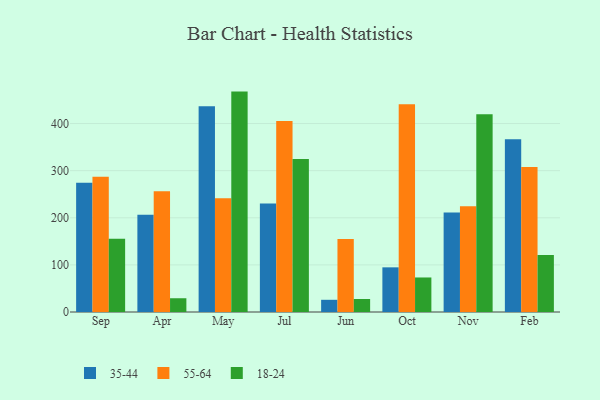
{"axis": {"x": "Month", "y": "Headcount"}, "legend": ["18-24", "35-44", "55-64"], "data": [{"x": "Sep", "y": 274.5, "type": "35-44"}, {"x": "Sep", "y": 287.2, "type": "55-64"}, {"x": "Sep", "y": 155.4, "type": "18-24"}, {"x": "Apr", "y": 206.3, "type": "35-44"}, {"x": "Apr", "y": 256.5, "type": "55-64"}, {"x": "Apr", "y": 29.2, "type": "18-24"}, {"x": "May", "y": 436.7, "type": "35-44"}, {"x": "May", "y": 241.4, "type": "55-64"}, {"x": "May", "y": 467.8, "type": "18-24"}, {"x": "Jul", "y": 230.1, "type": "35-44"}, {"x": "Jul", "y": 405.2, "type": "55-64"}, {"x": "Jul", "y": 324.6, "type": "18-24"}, {"x": "Jun", "y": 25.9, "type": "35-44"}, {"x": "Jun", "y": 155.1, "type": "55-64"}, {"x": "Jun", "y": 27.6, "type": "18-24"}, {"x": "Oct", "y": 94.8, "type": "35-44"}, {"x": "Oct", "y": 441.0, "type": "55-64"}, {"x": "Oct", "y": 73.3, "type": "18-24"}, {"x": "Nov", "y": 211.1, "type": "35-44"}, {"x": "Nov", "y": 224.6, "type": "55-64"}, {"x": "Nov", "y": 419.7, "type": "18-24"}, {"x": "Feb", "y": 366.4, "type": "35-44"}, {"x": "Feb", "y": 308.0, "type": "55-64"}, {"x": "Feb", "y": 121.0, "type": "18-24"}]}